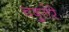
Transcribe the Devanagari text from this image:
चबुतेरे